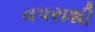
વપરાશી